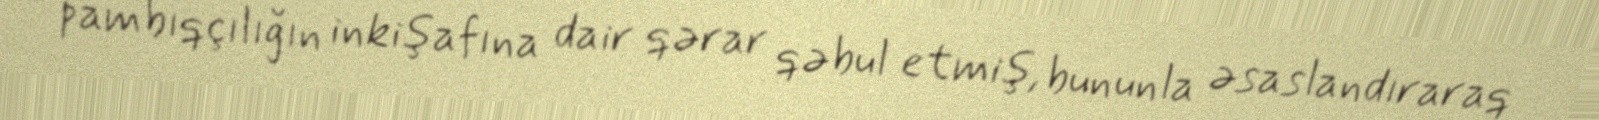
pambıqçılığın inkişafına dair qərar qəbul etmiş, bununla əsaslandıraraq